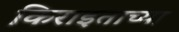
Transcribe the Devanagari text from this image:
किराइताच्या